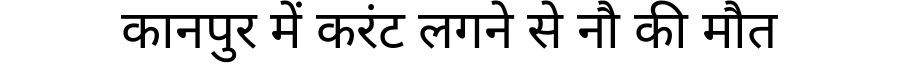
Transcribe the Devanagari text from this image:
कानपुर में करंट लगने से नौ की मौत